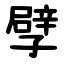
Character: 孹